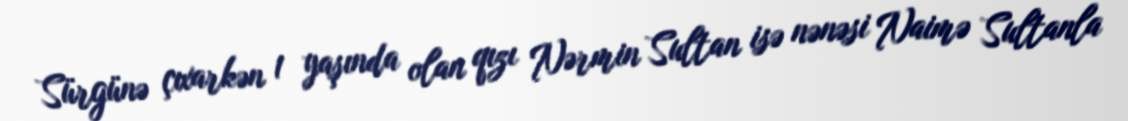
Sürgünə çıxarkən 1 yaşında olan qızı Nərmin Sultan isə nənəsi Naimə Sultanla